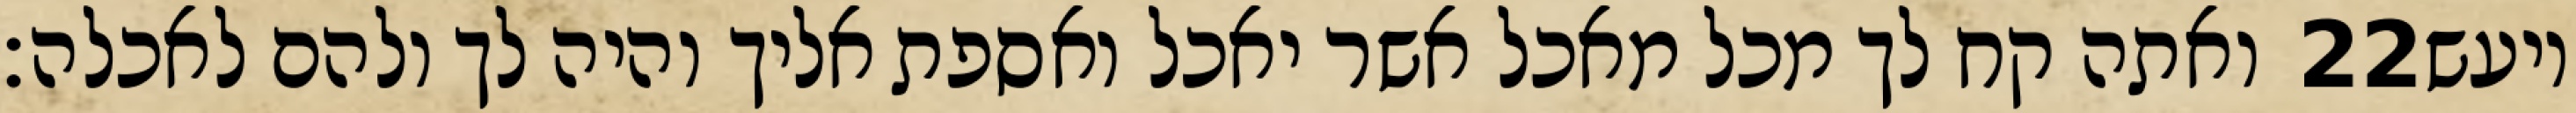
ואתה קח לך מכל מאכל אשר יאכל ואספת אליך והיה לך ולהם לאכלה׃ ‎22‏ ויעש